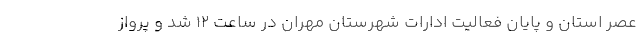
عصر استان و پایان فعالیت ادارات شهرستان مهران در ساعت ۱۲ شد و پرواز